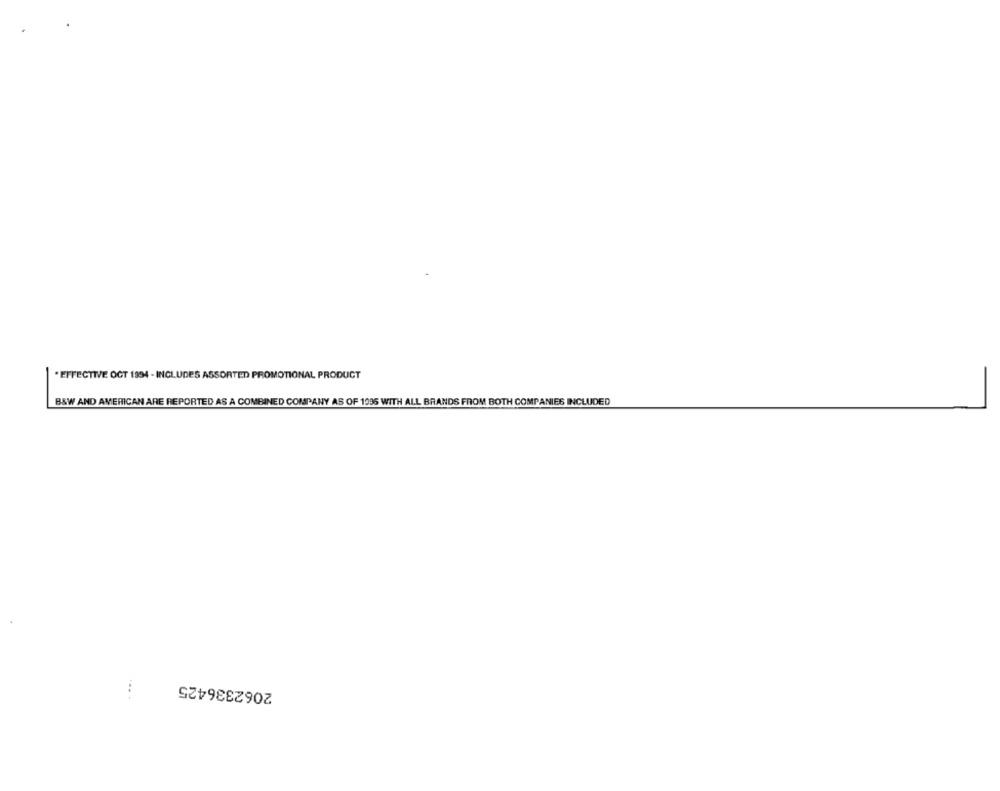
* EFFECTIVE OCT 1994 - INCLUDES ASSORTED PROMOTIONAL PRODUCT
B&W AND AMERICAN ARE REPORTED AS A COMBINED COMPANY AS OF 1996 WITH ALL BRANDS FROM BOTH COMPANIES INCLUDED
2062336425
....